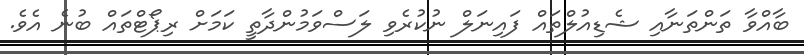
ބާއްވާ ތަންތަނާއި ޝެޑިއުލްތައް ފައިނަލް ނުކުރެވި ލަސްވަމުންދާތީ ކަމަށް ރިޕޯޓްތައް ބުނެ އެވެ.